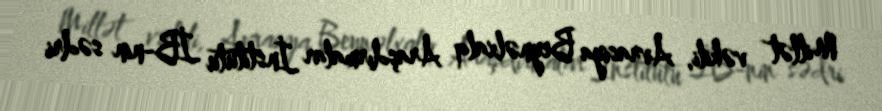
Millət vəkili, Avrasiya Beynəlxalq Araşdırmalar İnstitutu İB-nin sədri